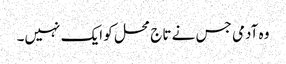
وہ آدمی جس نے تاج محل کو ایک نہیں۔